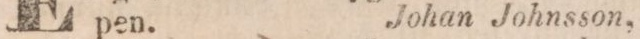
pen.        Johan Johnsson,